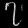
Digit: ၇